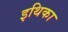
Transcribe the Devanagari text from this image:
इथिका